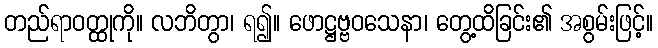
တည်ရာဝတ္ထုကို။ လဘိတွာ၊ ရ၍။ ဖောဋ္ဌဗ္ဗဝသေနာ၊ တွေ့ထိခြင်း၏ အစွမ်းဖြင့်။